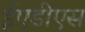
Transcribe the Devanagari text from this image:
ईएडीएस